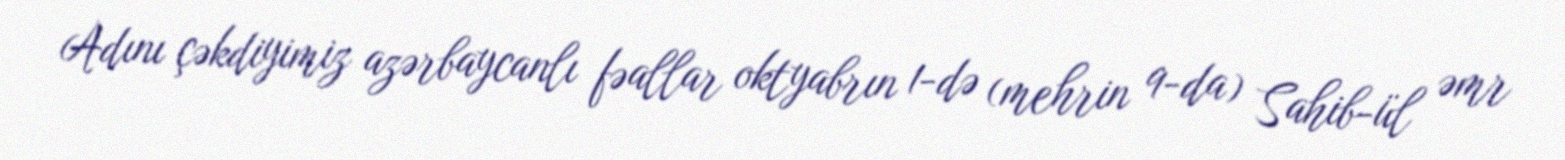
Adını çəkdiyimiz azərbaycanlı fəallar oktyabrın 1-də (mehrin 9-da) Sahib-ül əmr